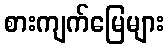
စားကျက်မြေများ